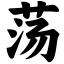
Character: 荡